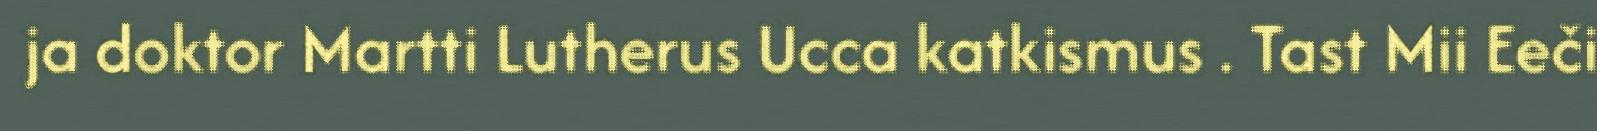
ja doktor Martti Lutherus Ucca katkismus . Tast Mii Eeči